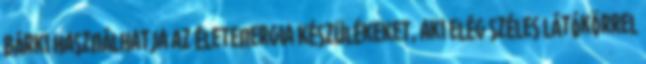
Bárki használhatja az ÉletEnergia Készülékeket, aki elég széles látókörrel